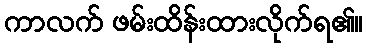
ကာလက် ဖမ်းထိန်းထားလိုက်ရ၏။